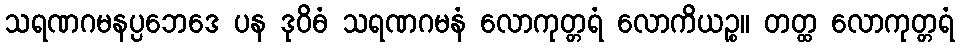
သရဏဂမနပ္ပဘေဒေ ပန ဒုဝိဓံ သရဏဂမနံ လောကုတ္တရံ လောကိယဉ္စ။ တတ္ထ လောကုတ္တရံ